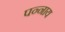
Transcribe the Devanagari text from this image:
पन्नाय